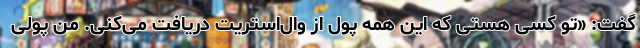
گفت: «تو کسی هستی که این همه پول از وال‌استریت دریافت می‌کنی. من پولی